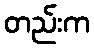
တည်းက